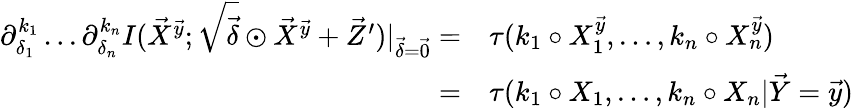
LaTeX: \begin{array}{rl}{\partial_{\delta_{1}}^{k_{1}}\dots\partial_{\delta_{n}}^{k_{n}}I(\vec{X}^{\vec{y}};\sqrt{\vec{\delta}}\odot\vec{X}^{\vec{y}}+\vec{Z}^{\prime})|_{\vec{\delta}=\vec{0}}=}&{\tau(k_{1}\circ X_{1}^{\vec{y}},\dots,k_{n}\circ X_{n}^{\vec{y}})}\\ {=}&{\tau(k_{1}\circ X_{1},\dots,k_{n}\circ X_{n}|\vec{Y}=\vec{y})}\end{array}